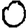
Digit: 0